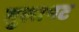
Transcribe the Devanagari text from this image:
तुलापट